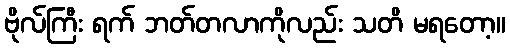
ဗိုလ်ကြီး ရက် ဘတ်တလာကိုလည်း သတိ မရတော့။